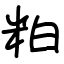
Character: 粕